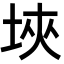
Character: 埉